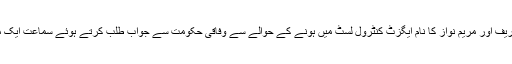
بعد ازاں لاہور ہائیکورٹ نے نواز شریف اور مریم نواز کا نام ایگزٹ کنٹرول لسٹ میں ہونے کے حوالے سے وفاقی حکومت سے جواب طلب کرتے ہوئے سماعت ایک مرتبہ پھر 3 بجے تک ملتوی کردی۔